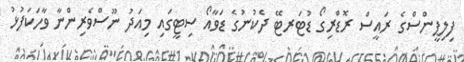
ފިލިޕީންސްގެ ރައީސް ރޮޑްރިގޯ ޑުޓަރޓޭ ދެކުނުގެ ޑަވާއޯ ސިޓީގައި މިއަދު ނޫސްވެރިންނާ ވާހަކަފުޅު